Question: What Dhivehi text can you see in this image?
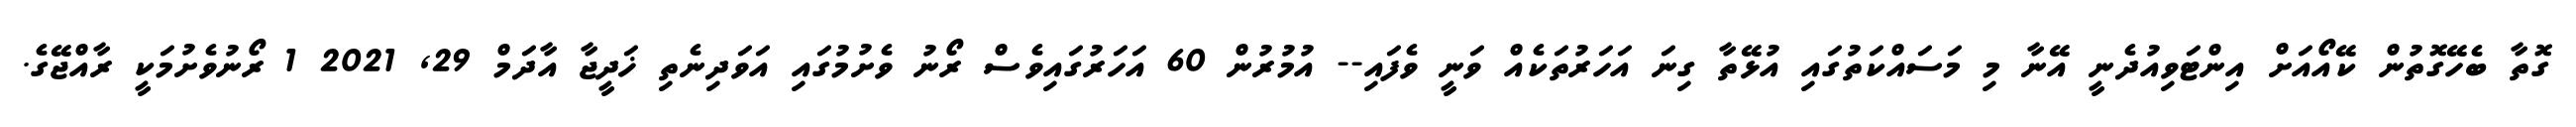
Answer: ގޮތާ ބެހޭގޮތުން ކޭއޯއަށް އިންޓަވިއުދެނީ އޭނާ މި މަސައްކަތުގައި އުޅޭތާ ގިނަ އަހަރުތަކެއް ވަނީ ވެފައި-- އުމުރުން 60 އަހަރުގައިވެސް ރޯނު ވެށުމުގައި އަވަދިނެތި ޚަދީޖާ އާދަމް 29, 2021 1 ރޯނުވެށުމަކީ ރާއްޖޭގެ.